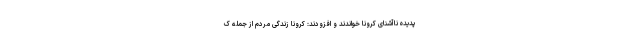
پدیده ناآشنای کرونا خواندند و افزودند: کرونا زندگی مردم از جمله ک